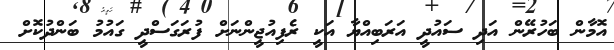
އޮމާން ބަހުރޭން އަދި ސައުދީ އަރަބިއްޔާ އަކީ ރެފިއުޖީންނަށް ފުރަގަސްދީ ގައުމު ބަންދުކޮށް